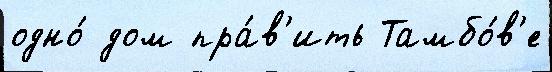
одно́ дом пра́в'ить Тамбо́в'е